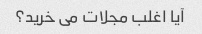
آیا اغلب مجلات می خرید؟